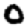
Digit: 0